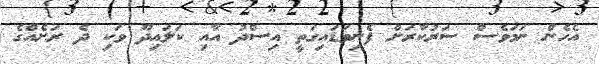
އެހެން ނަމަވެސް ސަރުކާރަށް ފެނިވަޑައިގަތީ އިސްދު އާއި ކަލައިދޫ ވަކި ދެ ރަށެއްގެ